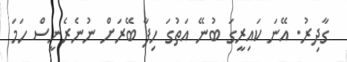
ގާދިރު. އޭނަ ކައިރީގަ ބުނޭ އަތުގަ ހިފާ ބޭރަށް ނުނެރެނީސް ހަމަ